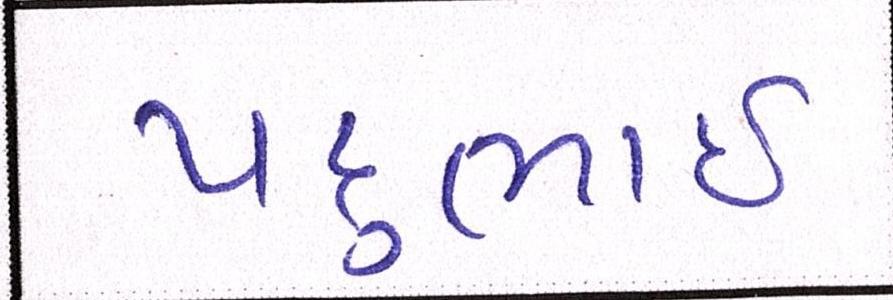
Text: પદુભાઈ